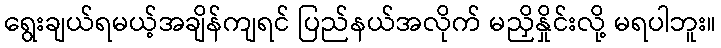
ရွေးချယ်ရမယ့်အချိန်ကျရင် ပြည်နယ်အလိုက် မညှိနှိုင်းလို့ မရပါဘူး။